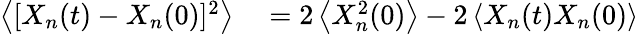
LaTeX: \begin{array}{rl}{\left<[X_{n}(t)-X_{n}(0)]^{2}\right>}&{{}=2\left<X_{n}^{2}(0)\right>-2\left<X_{n}(t)X_{n}(0)\right>}\end{array}